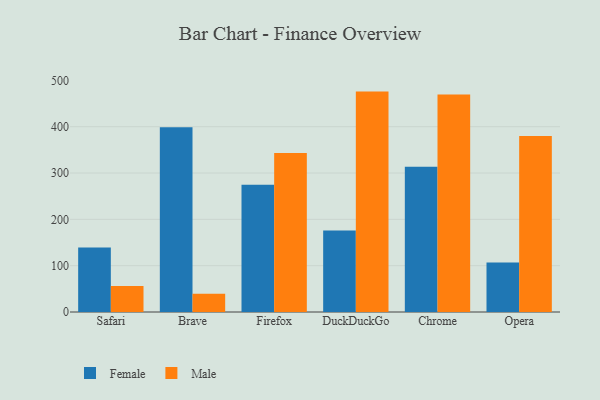
{"axis": {"x": "Browser", "y": "Churn Rate (%)"}, "legend": ["Female", "Male"], "data": [{"x": "Safari", "y": 139.5, "type": "Female"}, {"x": "Safari", "y": 56.0, "type": "Male"}, {"x": "Brave", "y": 399.0, "type": "Female"}, {"x": "Brave", "y": 39.4, "type": "Male"}, {"x": "Firefox", "y": 274.9, "type": "Female"}, {"x": "Firefox", "y": 343.2, "type": "Male"}, {"x": "DuckDuckGo", "y": 175.8, "type": "Female"}, {"x": "DuckDuckGo", "y": 475.8, "type": "Male"}, {"x": "Chrome", "y": 313.7, "type": "Female"}, {"x": "Chrome", "y": 469.4, "type": "Male"}, {"x": "Opera", "y": 106.9, "type": "Female"}, {"x": "Opera", "y": 379.8, "type": "Male"}]}